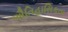
ઐતિહાસિકતા